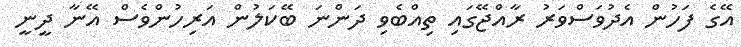
އޭގެ ފަހުން އެދުވަސްވަރު ރާއްޖޭގައި ތިއްބެވި ދަންނަ ބޭކަލުން އަރިހުންވެސް އޭނާ ދީނީ